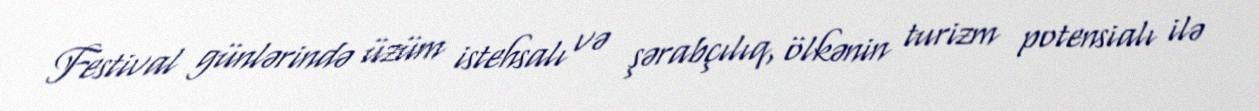
Festival günlərində üzüm istehsalı və şərabçılıq, ölkənin turizm potensialı ilə